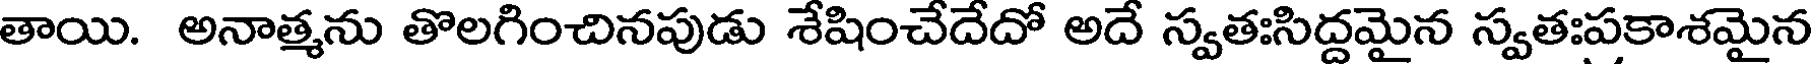
తాయి. అనాత్మను తొలగించినపుడు శేషించేదేదో అదే స్వతఃసిద్దమైన స్వతఃపకాశమైన